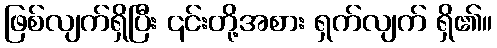
ဖြစ်လျက်ရှိပြီး ၎င်းတို့အစား ရှက်လျက် ရှိ၏။